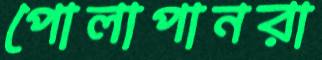
পোলাপানরা